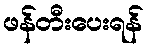
ဖန်တီးပေးရန်